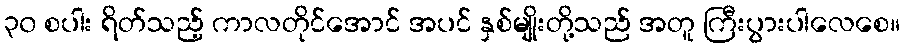
၃၀ စပါး ရိတ်သည့် ကာလတိုင်အောင် အပင် နှစ်မျိုးတို့သည် အတူ ကြီးပွားပါလေစေ။